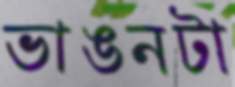
ভাঙনটা